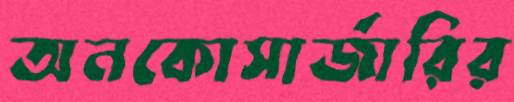
অনকোসার্জারির